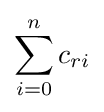
\displaystyle \sum _{i=0}^{n}c_{ri}